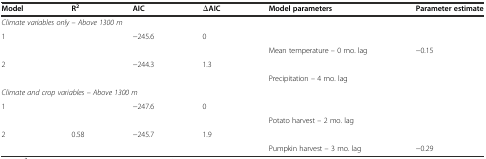
<table><thead><tr><td><b>Model</b></td><td><b>R<sup>2</sup></b></td><td><b>AIC</b></td><td><b>∆AIC</b></td><td><b>Model parameters</b></td><td><b>Parameter estimate</b></td></tr></thead><tbody><tr><td colspan="6"><i>Climate variables only – Above 1300 m</i></td></tr><tr><td rowspan="2">1</td><td rowspan="2">[EMPTY_CELL]</td><td rowspan="2">−245.6</td><td rowspan="2">0</td><td>[EMPTY_CELL]</td><td>[EMPTY_CELL]</td></tr><tr><td>Mean temperature – 0 mo. lag</td><td>−0.15</td></tr><tr><td rowspan="2">2</td><td rowspan="2">[EMPTY_CELL]</td><td rowspan="2">−244.3</td><td rowspan="2">1.3</td><td>[EMPTY_CELL]</td><td>[EMPTY_CELL]</td></tr><tr><td>Precipitation – 4 mo. lag</td><td>[EMPTY_CELL]</td></tr><tr><td colspan="6"><i>Climate and crop variables – Above 1300 m</i></td></tr><tr><td rowspan="2">1</td><td rowspan="2">[EMPTY_CELL]</td><td rowspan="2">−247.6</td><td rowspan="2">0</td><td>[EMPTY_CELL]</td><td>[EMPTY_CELL]</td></tr><tr><td>Potato harvest – 2 mo. lag</td><td>[EMPTY_CELL]</td></tr><tr><td rowspan="2">2</td><td rowspan="2">0.58</td><td rowspan="2">−245.7</td><td rowspan="2">1.9</td><td>[EMPTY_CELL]</td><td>[EMPTY_CELL]</td></tr><tr><td>Pumpkin harvest – 3 mo. lag</td><td>−0.29</td></tr></tbody></table>